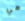
هي